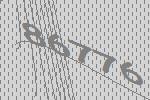
86776